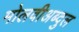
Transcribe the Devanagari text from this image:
मोलवीअब्दुल